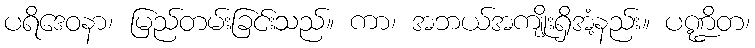
ပရိဒေဝနာ၊ မြည်တမ်းခြင်းသည်။ ကာ၊ အဘယ်အကျိုးရှိအံ့နည်း။ ပဏ္ဍိတ၊